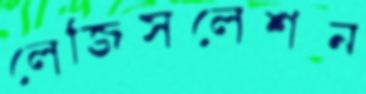
লেজিসলেশন